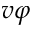
\boldsymbol { v } \varphi